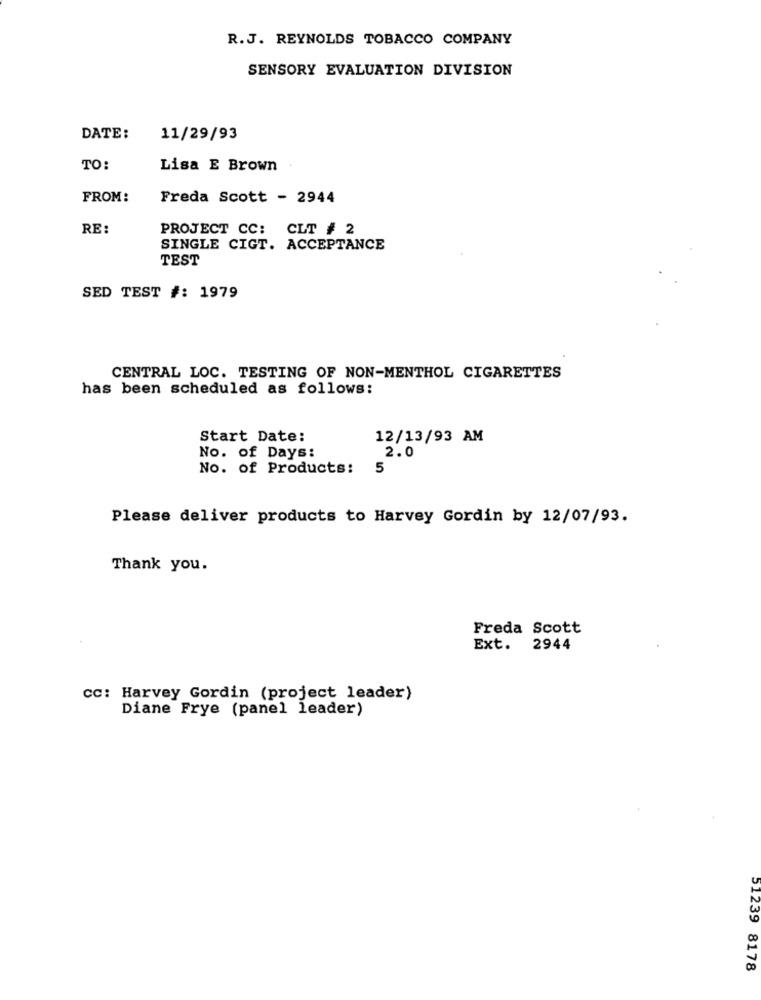
R.J. REYNOLDS TOBACCO COMPANY
SENSORY EVALUATION DIVISION
DATE:
11/29/93
TO:
Lisa E Brown
FROM:
Freda Scott - 2944
RE:
PROJECT CC: CLT # 2
SINGLE CIGT. ACCEPTANCE
TEST
SED TEST #: 1979
CENTRAL LOC. TESTING OF NON-MENTHOL CIGARETTES
has been scheduled as follows:
Start Date:
12/13/93 AM
No. of Days:
2.0
No. of Products:
5
Please deliver products to Harvey Gordin by 12/07/93.
Thank you.
Freda Scott
Ext. 2944
CC: Harvey Gordin (project leader)
Diane Frye (panel leader)
51239 8178